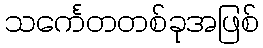
သင်္ကေတတစ်ခုအဖြစ်